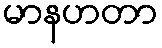
မာနဟတာ